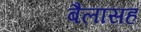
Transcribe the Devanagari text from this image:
बैलांसह